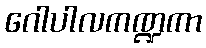
ဂေါပါလကဏ္ဍကာ